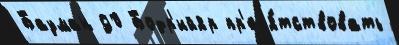
Бауман 90 Бодр'ийяр пр'еп'я́тствовать